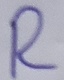
Text: R